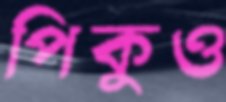
পিকুও